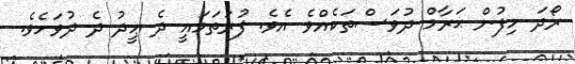
ރޯދަ ހިފުން ޙަރާމް ދުވަސްތަކެއްވެ އެވެ. ފުރަތަމައީ ދެ ޢީދު ދެ ދުވަހެވެ.